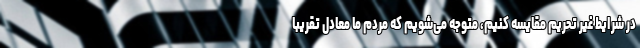
در شرایط غیر تحریم مقایسه کنیم، متوجه می‌شویم که مردم ما معادل تقریبا